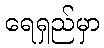
ရေရှည်မှာ